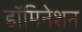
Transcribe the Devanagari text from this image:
डॉमिनेशन